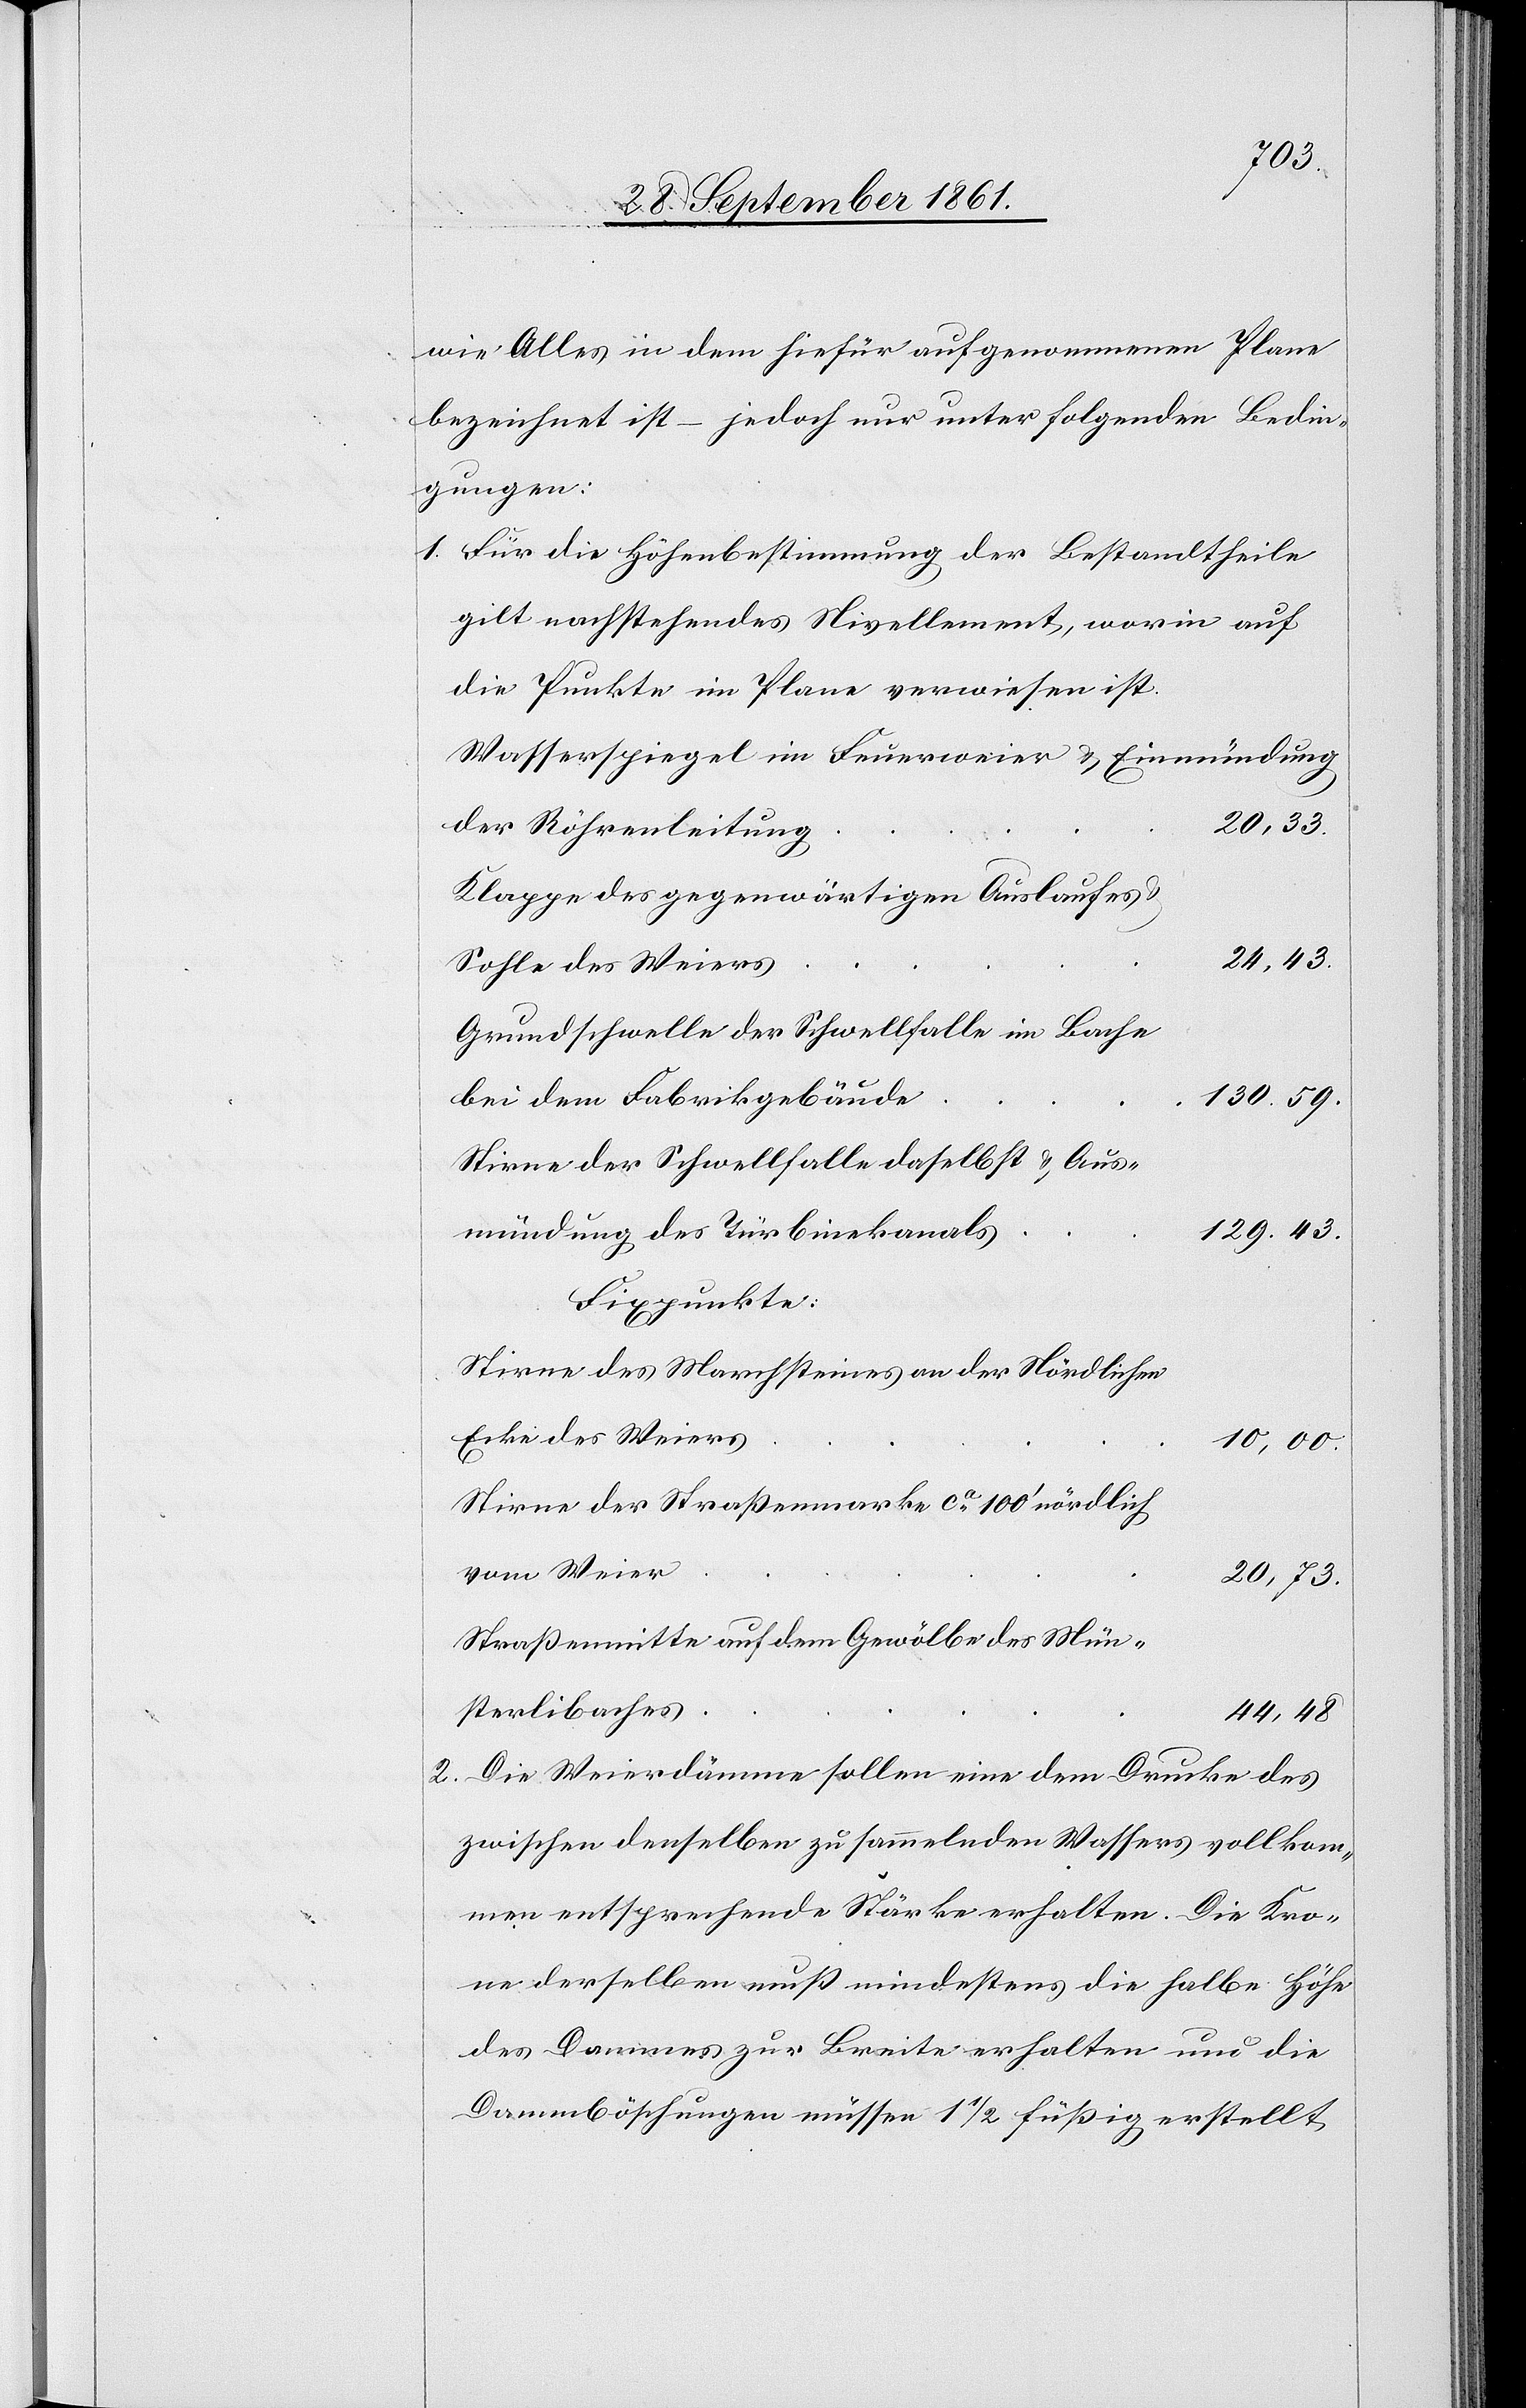
wie alles in dem hiefür aufgenommenen Plane
bezeichnet ist – jedoch nur unter folgenden Bedin¬
gungen:
1. Für die Höhenbestimmung der Bestandtheile
gilt nachstehendes Nivellement, worin auf
die Punkte im Plane verwiesen ist.
Wasserspiegel in Feuerweier u. Einmündung
g	20,33.
der Röhrenleitun¬
Klappe des gegenwärtigen Auslaufes
Grundschwelle der Schwellfalle im Bache
bei dem Fabrikgebäud¬
e	130,59.
Stirne der Schwellfalle daselbst u. Aus¬
s	129,43.
mündung des Türbinekanal¬
Fixpunkte:
Stirne des Marchsteines an der Nördlichen
Ecke des Weier¬
s		10,00.
Stirne der Straßenmarke ca 100’ nördlich
Straßenmitte auf dem Gewölbe des Mün¬
sterlibache¬
s				44,48.
2. Die Weierdämme sollen eine dem Drucke des
zwischen denselben zu sammelnden Wassers vollkom¬
men entsprechende Stärke erhalten. Die Kro¬
ne derselben muß mindestens die halbe Höhe
des Dammes zur Breite erhalten und die
Dammböschungen müssen 1 1/2 füßig erstellt